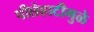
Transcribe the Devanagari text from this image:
पीछेहाटीमुळे